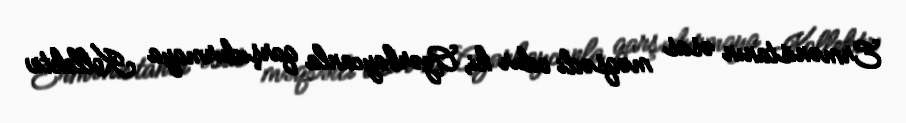
Ermənistanın əsas məqsədi odur ki, Azərbaycanla qarşıdurmaya Kollektiv